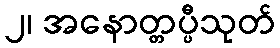
၂၊ အနောတ္တပ္ပီသုတ်